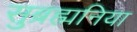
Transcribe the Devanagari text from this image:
सुब्रह्मनिया